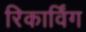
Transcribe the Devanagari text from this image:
रिकार्विंग